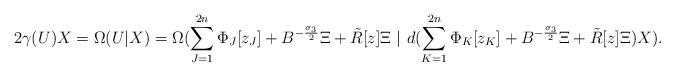
LaTeX: \begin{align*}2 \gamma(U)X=\Omega(U|X)=\Omega(\sum_{J=1}^{2n}\Phi_J[z_J]+B^{-\frac{\sigma_3}{2}}\Xi + \tilde R[z]\Xi\ |\ d(\sum_{K=1}^{2n}\Phi_K[z_K]+B^{-\frac{\sigma_3}{2}}\Xi + \tilde R[z]\Xi)X).\end{align*}